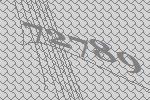
72789